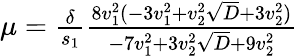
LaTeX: \begin{array}{r}{\mu=\frac{\delta}{s_{1}}\frac{8v_{1}^{2}(-3v_{1}^{2}+v_{2}^{2}\sqrt{D}+3v_{2}^{2})}{-7v_{1}^{2}+3v_{2}^{2}\sqrt{D}+9v_{2}^{2}}}\end{array}